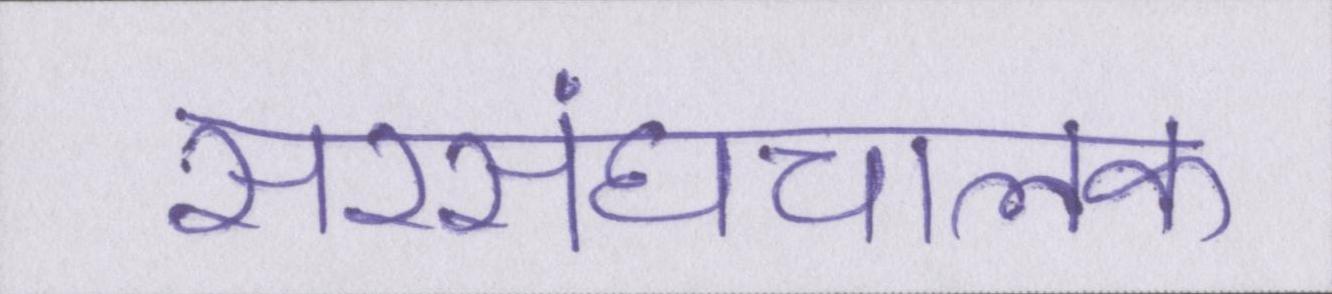
सरसंघचालक